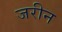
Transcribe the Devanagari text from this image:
जरीन